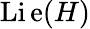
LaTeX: \operatorname{Li\mathrm{e}}(H)